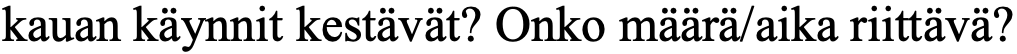
kauan käynnit kestävät? Onko määrä/aika riittävä?